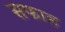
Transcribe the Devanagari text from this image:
सफाह